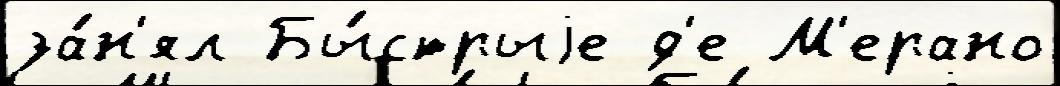
за́н'ял Бы́стрыjе д'е М'ерано